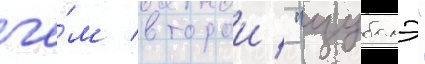
че́м второи / "цубамэ"